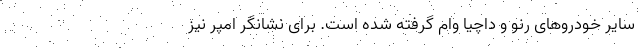
سایر خودروهای رنو و داچیا وام گرفته شده است. برای نشانگر امپر نیز